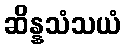
ဆိန္နသံသယံ